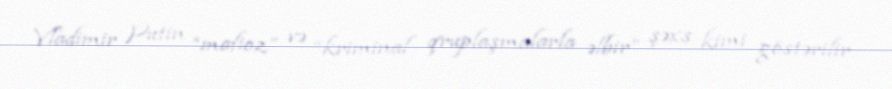
Vladimir Putin “mafioz” və “kriminal qruplaşmalarla əlbir” şəxs kimi göstərilir.